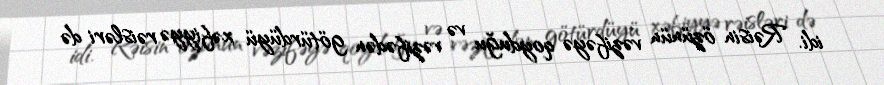
idi. Rəisin özünün vəzifəyə qoyduğu və vəzifədən götürdüyü xəfiyyə rəisləri də